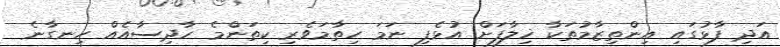
އަދި ފާޅުގައި އިންތިޒާމުތަކާ ޚިލާފަށް އުޅެފި ނަމަ ހިތާމަވެރި ކިތަންމެ ހާދިސާއެއް ހިނގާނެ